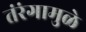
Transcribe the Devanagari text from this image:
तंरंगामुळे